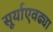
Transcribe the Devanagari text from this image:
सूर्याएवढ्या